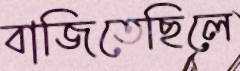
বাজিতেছিলে